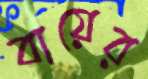
বায়ের